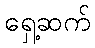
ရှေ့ဆက်